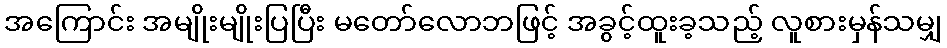
အကြောင်း အမျိုးမျိုးပြပြီး မတော်လောဘဖြင့် အခွင့်ထူးခ့သည့် လူစားမှန်သမျှ